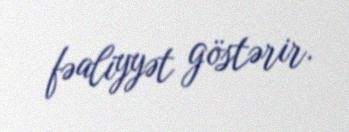
fəaliyyət göstərir.